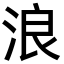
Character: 浪